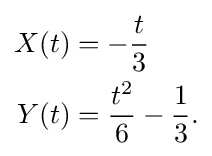
{\begin{aligned}X(t)&=-{\frac {t}{3}}\\Y(t)&={\frac {t^{2}}{6}}-{\frac {1}{3}}.\end{aligned}}